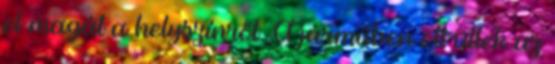
el magát a helyszínről. A járműben ott ültek az